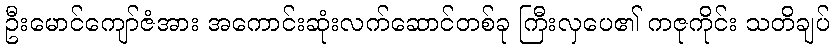
ဦးမောင်ကျော်ဇံအား အကောင်းဆုံးလက်ဆောင်တစ်ခု ကြီးလှပေ၏ ကဇုကိုင်း သတိချပ်